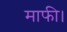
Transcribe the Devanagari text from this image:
माफी।